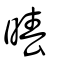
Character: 暙